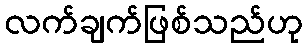
လက်ချက်ဖြစ်သည်ဟု